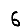
Digit: 6